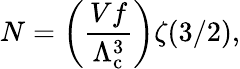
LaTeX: N=\left({\frac{Vf}{\Lambda_{\mathrm{{c}}}^{3}}}\right)\zeta(3/2),